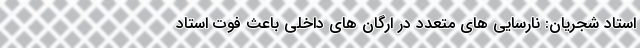
استاد شجریان: نارسایی های متعدد در ارگان های داخلی باعث فوت استاد